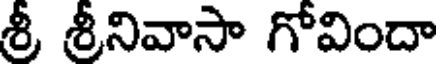
శ్రీ శ్రీనివాసా గోవిందా